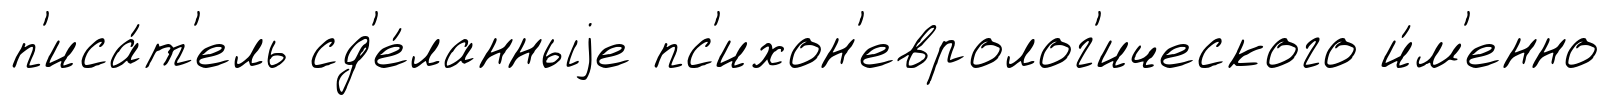
п'иса́т'ель сд'е́ланныjе пс'ихон'евролог'ического и́м'енно